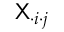
\mathsf { X } _ { \cdot i \cdot j }